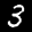
Label: 3